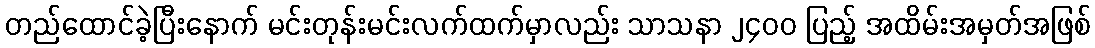
တည်ထောင်ခဲ့ပြီးနောက် မင်းတုန်းမင်းလက်ထက်မှာလည်း သာသနာ ၂၄၀၀ ပြည့် အထိမ်းအမှတ်အဖြစ်